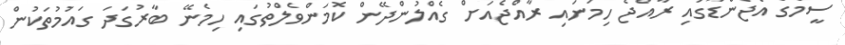
ސީމެގް އެޖެންޑާގައި ރާއްޖެ ހިމަނައި ރާއްޖެއަށް ގެއްލުންދޭން ކޮމަންވެލްތުގައި ހިމެނޭ ބާރުގަދަ ގައުމުތަކުން